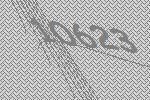
10623